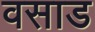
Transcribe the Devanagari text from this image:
वसाड